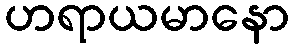
ဟရာယမာနော